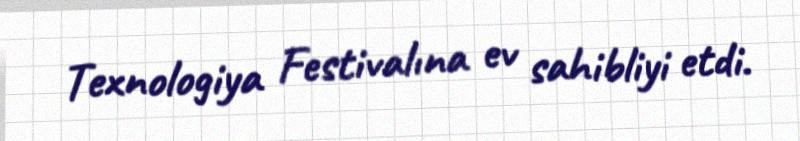
Texnologiya Festivalına ev sahibliyi etdi.